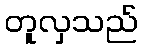
တူလှသည်